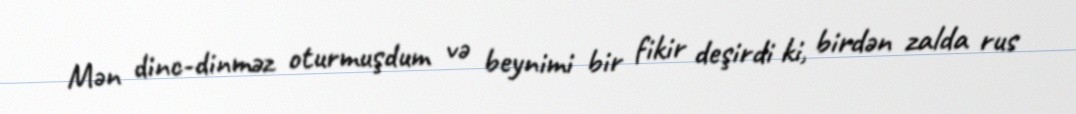
Mən dinc-dinməz oturmuşdum və beynimi bir fikir deşirdi ki, birdən zalda rus